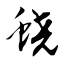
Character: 蛲